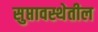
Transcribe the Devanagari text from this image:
सुप्तावस्थेतील